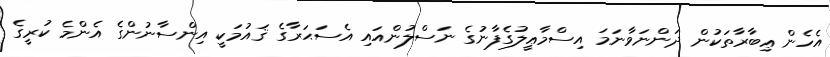
އެހެން ޢިބާރާތަކުން ދަންނަވާނަމަ އިސްމާޢީލުގެފާނުގެ ނަސްލުންއައި އެސަޙަރާގެ ޤައުމަކީ އިންސާނުންގެ އެންމެ ކުރީގެ